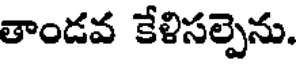
తాండవ కేళిసల్పెను.